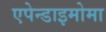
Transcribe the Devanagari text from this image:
एपेन्डाइमोमा